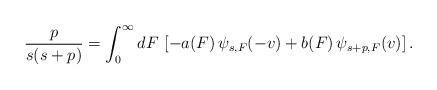
LaTeX: \begin{align*} {p\over s(s+p)}=\int_0^\infty dF\thinspace\left[-a(F)\thinspace\psi_{s,F}(-v)+b(F)\thinspace\psi_{s+p,F}(v)\right]. \end{align*}